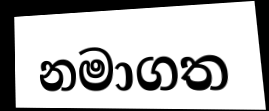
නමාගත